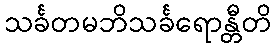
သင်္ခတမဘိသင်္ခရောန္တီတိ